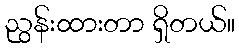
ညွန်းထားတာ ရှိတယ်။